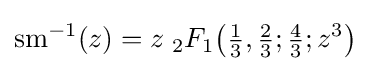
\operatorname {sm} ^{-1}(z)=z\;{}_{2}F_{1}{\bigl (}{\tfrac {1}{3}},{\tfrac {2}{3}};{\tfrac {4}{3}};z^{3}{\bigr )}